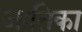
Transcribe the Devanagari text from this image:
जातिका